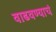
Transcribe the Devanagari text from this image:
वाढवण्याचं